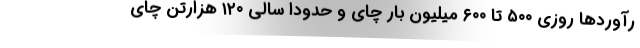
رآوردها روزی ۵۰۰ تا ۶۰۰ میلیون بار چای و حدودا سالی ۱۲۰ هزارتن چای